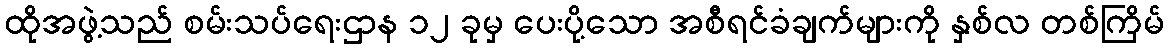
ထိုအဖွဲ့သည် စမ်းသပ်ရေးဌာန ၁၂ ခုမှ ပေးပို့သော အစီရင်ခံချက်များကို နှစ်လ တစ်ကြိမ်